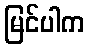
မြင်ပါက